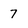
Character: 7